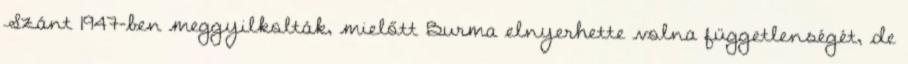
Szánt 1947-ben meggyilkolták, mielőtt Burma elnyerhette volna függetlenségét, de